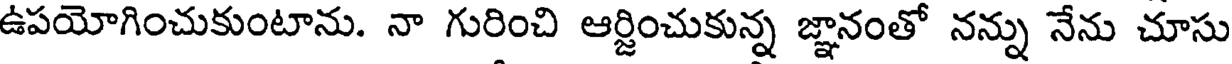
ఉపయోగించుకుంటాను. నా గురించి ఆర్జించుకున్న జ్ఞానంతో నన్ను నేను చూసు